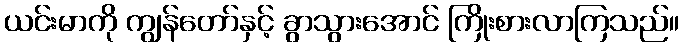
ယင်းမာကို ကျွန်တော်နှင့် ခွာသွားအောင် ကြိုးစားလာကြသည်။